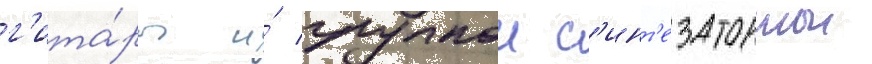
г'ита́ры и́ гулкои с'инт'езаторнои